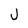
Character: J